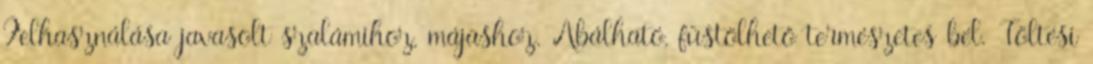
Felhasználása javasolt szalámihoz, májashoz. Abálható, füstölhető természetes bél. Töltési